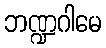
ဘဏ္ဍဂါမေ